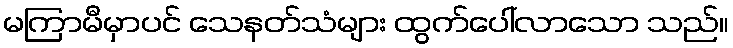
မကြာမီမှာပင် သေနတ်သံများ ထွက်ပေါ်လာသော သည်။